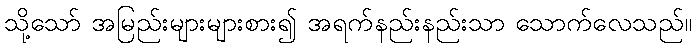
သို့သော် အမြည်းများများစား၍ အရက်နည်းနည်းသာ သောက်လေသည်။